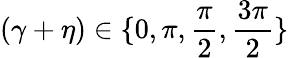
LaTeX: (\gamma+\eta)\in\{ 0,\pi,\frac{\pi}{2},\frac{3\pi}{2}\}